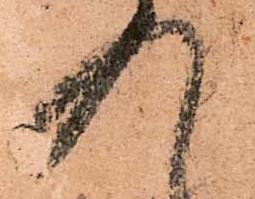
入